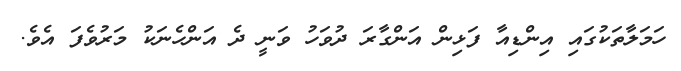
ހަމަލާތަކުގައި އިންޑިއާ ފަޅިން އަންގާރަ ދުވަހު ވަނީ ދެ އަންހެނަކު މަރުވެފަ އެވެ.